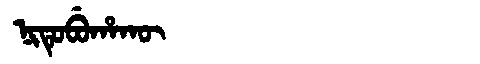
Manchu: ᠨᡳᡨᡠᠪᡠᡥᠠᡴᡡ
Romanization: NITUBUHAKŪ